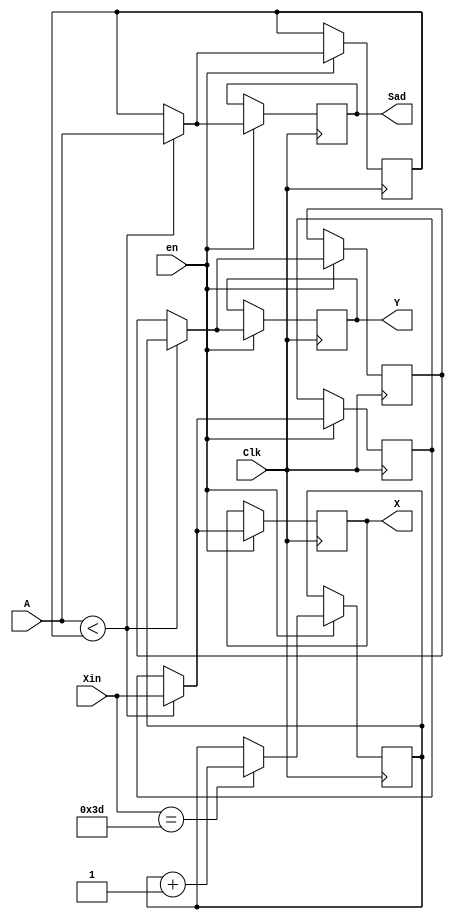
`timescale 1ns / 1ps
//////////////////////////////////////////////////////////////////////////////////
// Company: 
// Engineer: 
// 
// Design Name: 
// Module Name: Comparator
// Project Name: 
// Target Devices: 
// Tool Versions: 
// Description: 
// 
// Dependencies: 
// 
// Revision:
// Revision 0.01 - File Created
// Additional Comments:
// 
//////////////////////////////////////////////////////////////////////////////////


module Comparator(Clk,A,X,Y,Sad,Xin,en);

    input Clk;
    input en;
    input [11:0] A;
    input [5:0] Xin;//,Yin;
    output reg [5:0]X,Y;
    output reg [11:0] Sad;
    reg [11:0]B;
    reg [5:0] Count;
    reg [5:0] XH,YH;
    //reg [63:0] C;
    initial begin 
    
     X <= 0;
     Y <= 0;
     B <= 4080;
     Sad <= 0;
     Count <= 0;
     XH <= 0;
     YH <= 0;
    end
    always @(negedge Clk) begin 
        if(en) begin
            if(A < B) begin
                B <= A;
                X <= Xin;
                Y <= Count;
                Sad <= A;  
                XH <= Xin; //might be unnec
                YH <= Count;
                Sad <= A;  
            end
            else begin
                Sad <= B;
                X <= XH;
                Y <= YH;
            end 
            
            if(Xin == 6'd61)begin
                Count <= Count + 1;
            end  //Y 
        end
end
endmodule